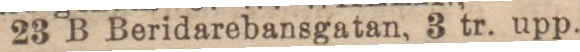
23 B Beridarebansgatan, 3 tr. upp.